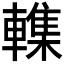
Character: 𮝨